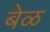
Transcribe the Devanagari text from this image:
बेळ